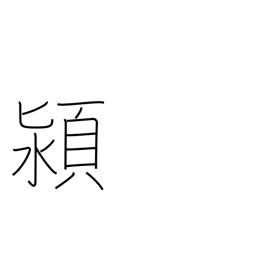
Meaning: name of a Chinese river